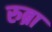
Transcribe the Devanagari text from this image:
रुब्रा